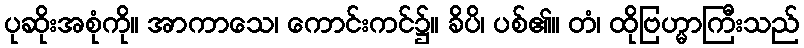
ပုဆိုးအစုံကို။ အာကာသေ၊ ကောင်းကင်၌။ ခိပိ၊ ပစ်၏။ တံ၊ ထိုဗြဟ္မာကြီးသည်